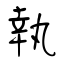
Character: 執